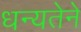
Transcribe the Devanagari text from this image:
धन्यतेने